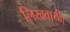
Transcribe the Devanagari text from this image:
लिखवायी।